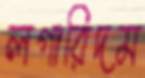
লগারিদম